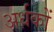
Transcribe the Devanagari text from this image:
अर्धकों